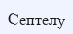
Септелу